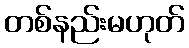
တစ်နည်းမဟုတ်